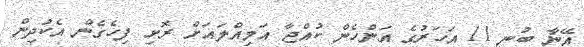
އޭނާ ބުނީ 11 އަހަރުގެ އަންހެން ކުއްޖާ އަމިއްލައަށް ރޮށި ފިހެގެން އެކުދިން